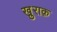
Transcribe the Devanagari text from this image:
खु़राक़